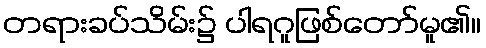
တရားခပ်သိမ်း၌ ပါရဂူဖြစ်တော်မူ၏။